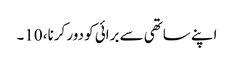
اپنے ساتھی سے برائی کو دور کرنا، 10۔